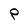
Character: P